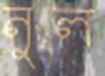
নুল